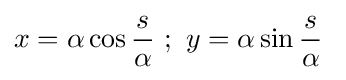
x=\alpha \cos {\frac {s}{\alpha }}\ ;\ y=\alpha \sin {\frac {s}{\alpha }}\